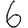
Digit: 6